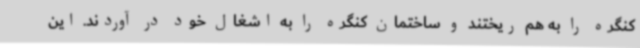
کنگره را به هم ریختند و ساختمان کنگره را به اشغال خود در آوردند. این